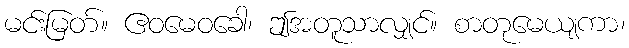
မင်းမြတ်။ ဧဝမေဝခေါ၊ ဤအတူသာလျှင်။ စာတုမေယျကာ၊